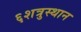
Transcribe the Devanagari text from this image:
६शत्रुस्थान